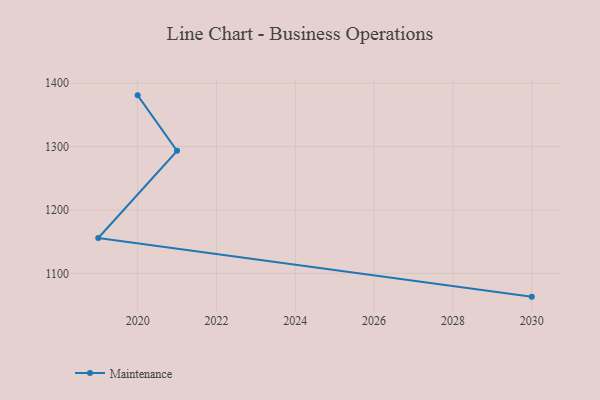
{"axis": {"x": "Year", "y": "Energy Usage (MWh)"}, "legend": ["Maintenance"], "data": [{"x": "2020", "y": 1380.9, "type": "Maintenance"}, {"x": "2021", "y": 1293.3, "type": "Maintenance"}, {"x": "2019", "y": 1155.8, "type": "Maintenance"}, {"x": "2030", "y": 1063.2, "type": "Maintenance"}]}